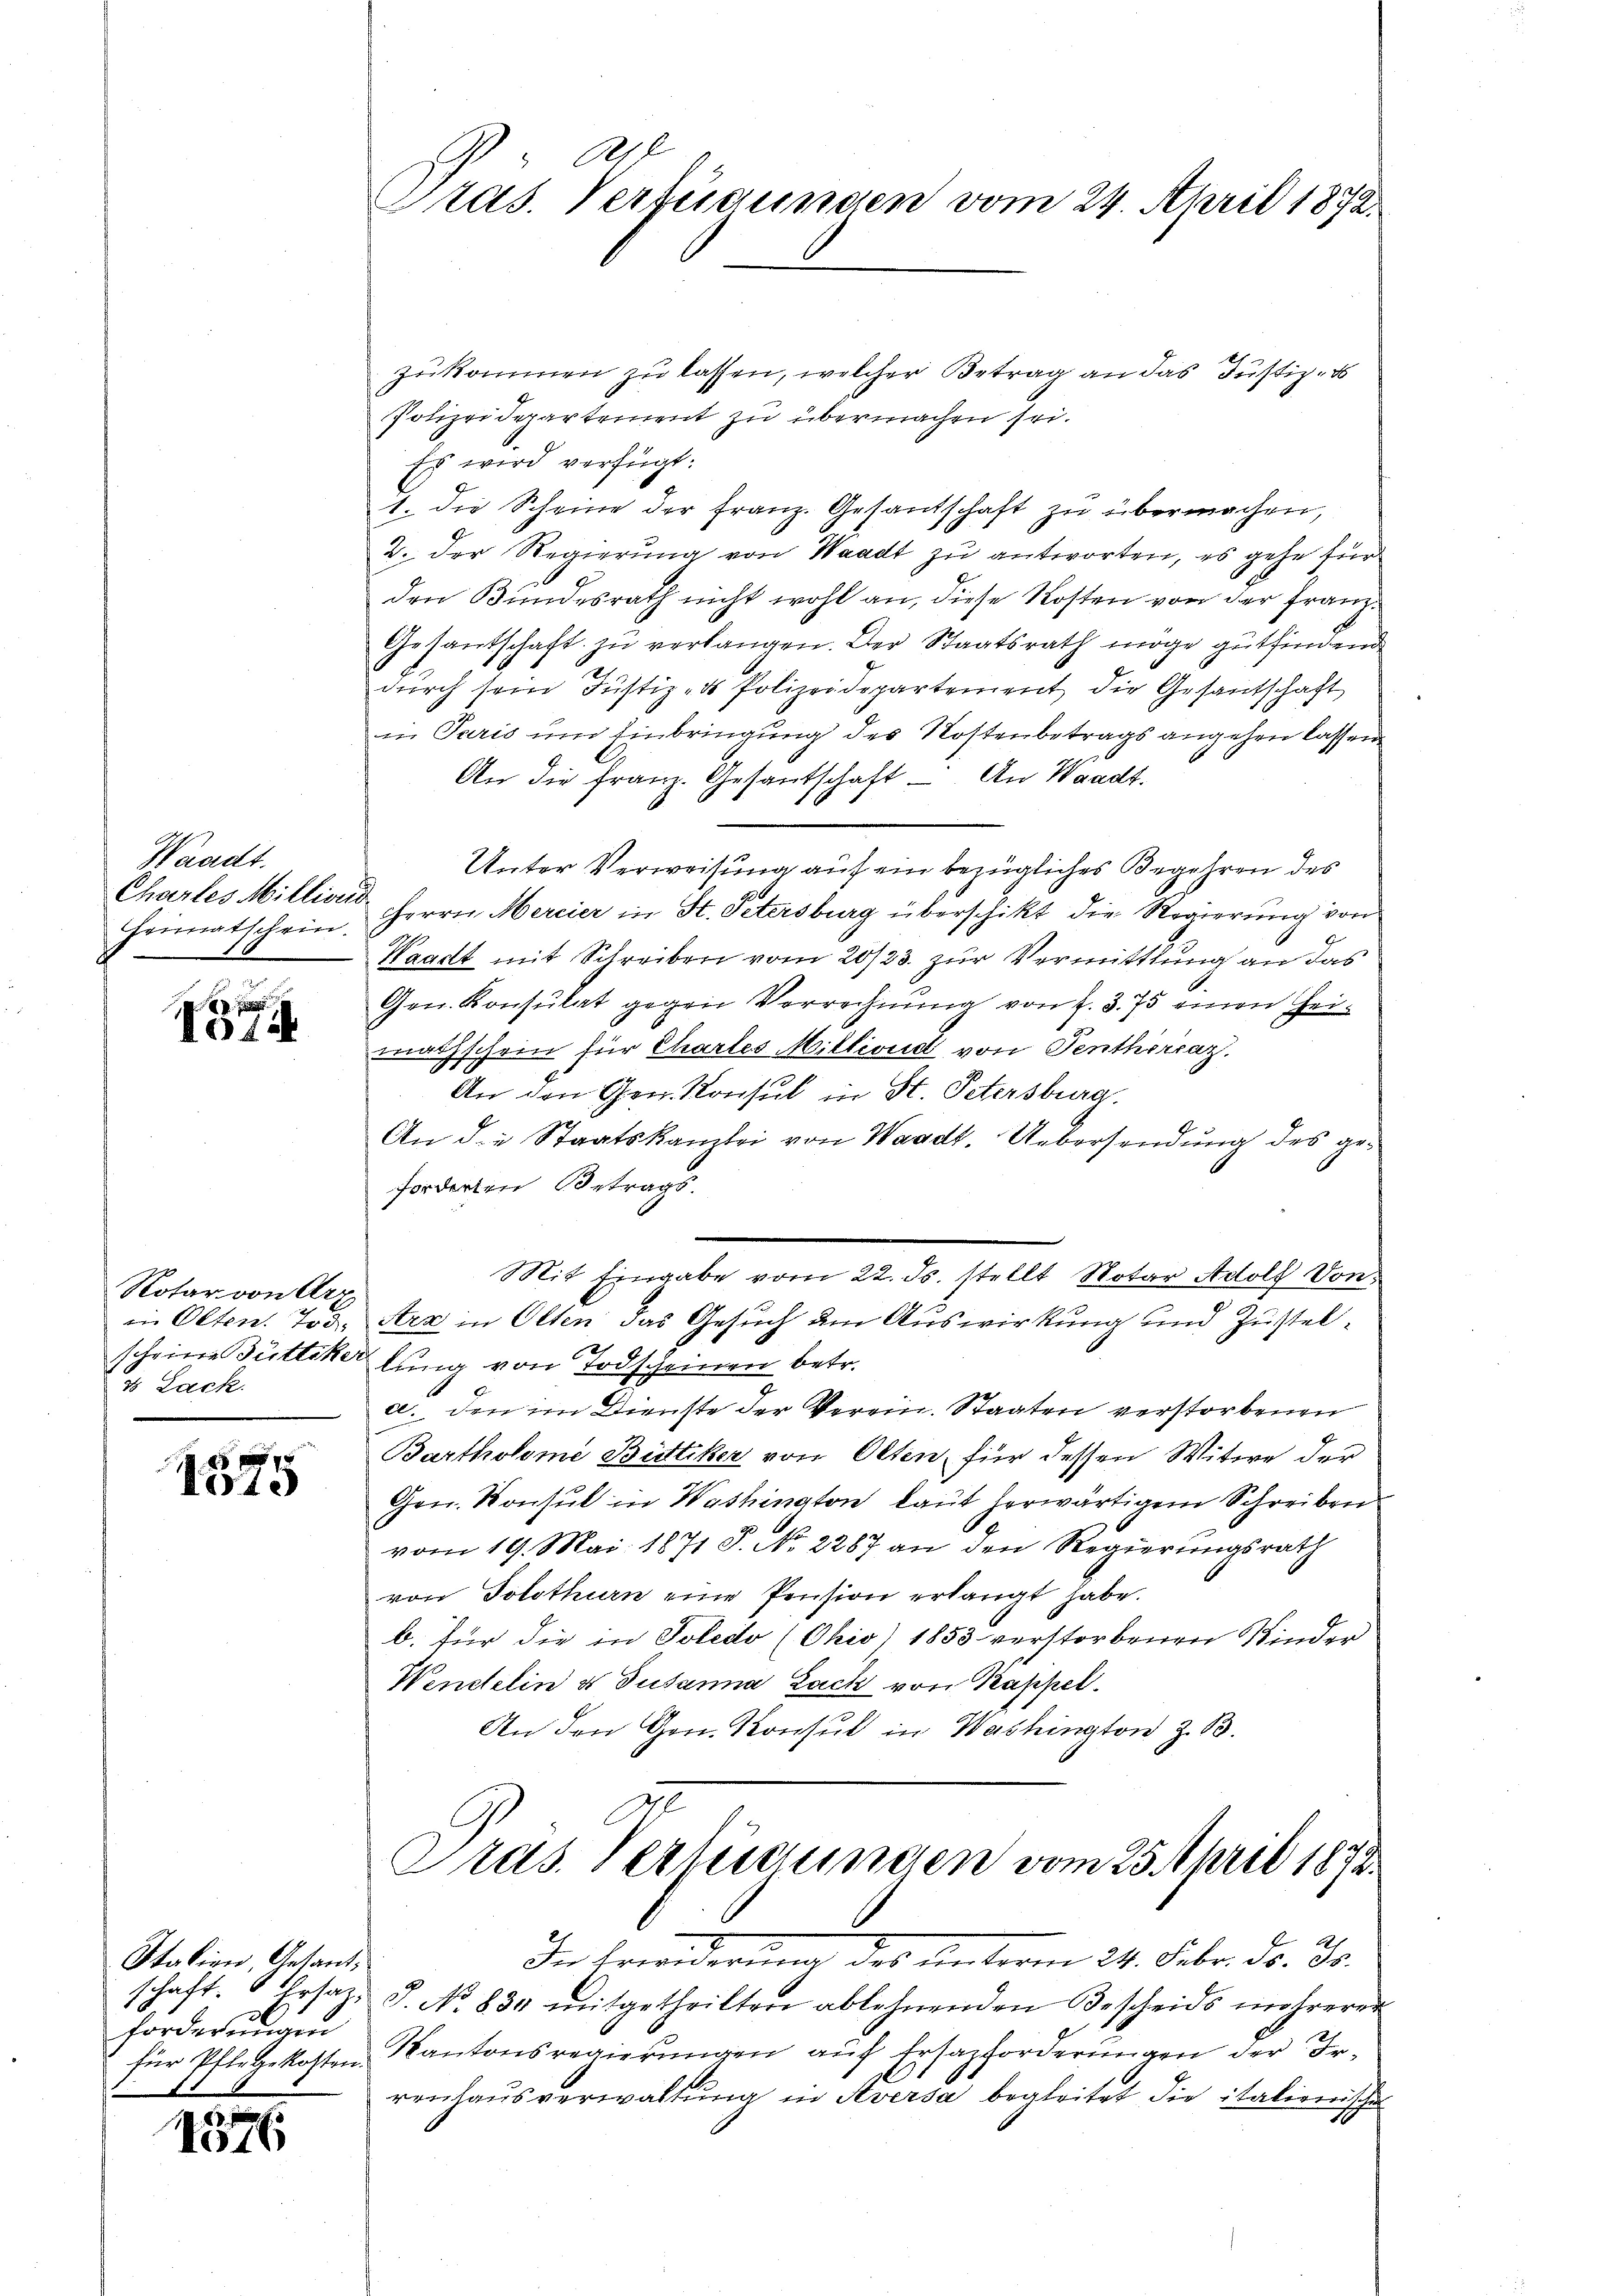
Waadt.
Chartes Millionis
Heimatschein.

074.

Rotar von Arz
in Olten. Tod
v Lack.

1875

Italien, Antant,
3
forderungen

1576

f
Pras. Verfügungen vom 24. April 1872.

zukommen zu lassen, welcher Betrag an das Justiz, d
Polizeidepartement zu übermachen sei.
Es wird verfügt:
1. die Scheine der Franz. Gesandtschaft zu übermachen,
2. der Regierung von Waadt zu antworten, es gehe für
den Bundesrath nicht wohl an, diese Kosten von der Franz¬
Gesandschaft zu verlangen. Der Staatsrath möge gutfindend
durch sein Justiz- & Polizeidepartement die Gesantschaft
in Paris um Einbringung des Kostenbetrags angehen lassen
An die franz. Gesantschaft: An Waadt.
Unter Verweisung auf ein bezügliches Begehren des
Herrn Mercier in St. Petersburg überschikt die Regierung von
Waadt mit Schreiben vom 20/23. zur Vermittlung an das
Gen. Konsulat gegen Verrechnung von f. 3. 75 einen Heimathschein für Chartes Milliond von Penthörcaz.
An den Gen. Konsul in St. Petersburg.
An die Staatskanzlei von Waadt. Uebersendung des geforderten Betrags-
Mit Eingabe vom 22. ds. stellt Notar Adolf Von
Arz in Olten das Gesuch dem Auswirkung und Zustelscheine Büttiker lung von Todscheinen betr.
a. den im Dienste der Verein. Staaten verstorbenen
Bartholome Büttiker von Olten, für dessen Witwe der
Gen. Konsul in Washington, laut herwärtigem Schreiben
vom 19. Mai 1871 S. No. 2287 an den Regierungsrath
von Solothurn eine Pension erlangt habe.
b. für die in Soledo (Okio) 1853 verstorbenen Kinder
Wentelin u. Susanna Lack von Kappel
An den Gen. Konsul in Washington z. B.

Pras. Verfügungen vom 25. April 1872

In Erinderung des Unterm 24. Febr. Dr. Js.
schaft. Ersatz. J. No. 834 mitgetheilten ablehnenden Bescheids mehrerer
für Pflegekosten Kantonsregierungen auf Ersazforderungen der Irrenhausverwaltŭng in Aversa begleitet die italienische